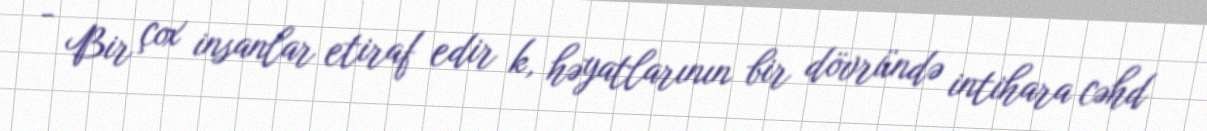
- Bir çox insanlar etiraf edir k, həyatlarının bir dövründə intihara cəhd